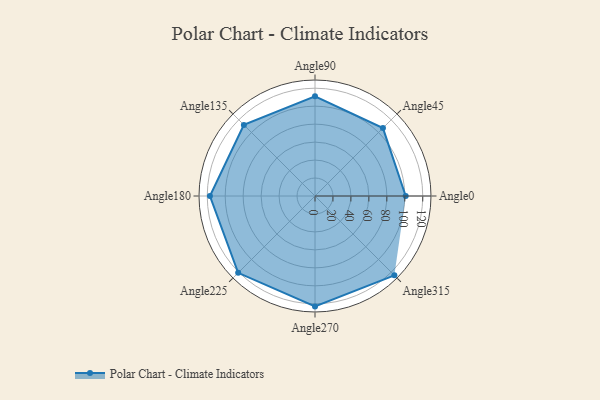
{"axis": {"x": "Angle", "y": "Radius"}, "legend": [""], "data": [{"x": "Angle0", "y": 101.0, "type": ""}, {"x": "Angle45", "y": 107.0, "type": ""}, {"x": "Angle90", "y": 111.0, "type": ""}, {"x": "Angle135", "y": 112.0, "type": ""}, {"x": "Angle180", "y": 117.0, "type": ""}, {"x": "Angle225", "y": 121.0, "type": ""}, {"x": "Angle270", "y": 123.0, "type": ""}, {"x": "Angle315", "y": 125.0, "type": ""}]}